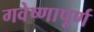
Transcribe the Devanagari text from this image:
गवेष्णापूर्ण